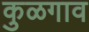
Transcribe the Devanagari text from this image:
कुळगाव